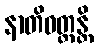
နာတိဝတ္တန္တိ